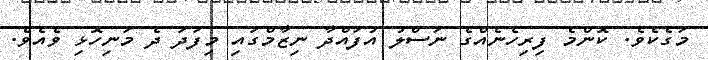
މަގެކެވެ. ކޮންމެ ފިރިހެނެއްގެ ނަސްލު އުފައްދާ ނިޒާމްގައި މިފަދަ ދެ މަނިހޮޅި ވެއެވެ.